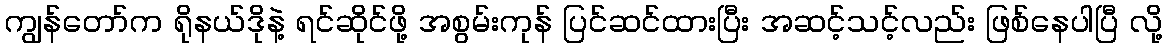
ကျွန်တော်က ရိုနယ်ဒိုနဲ့ ရင်ဆိုင်ဖို့ အစွမ်းကုန် ပြင်ဆင်ထားပြီး အဆင့်သင့်လည်း ဖြစ်နေပါပြီ လို့